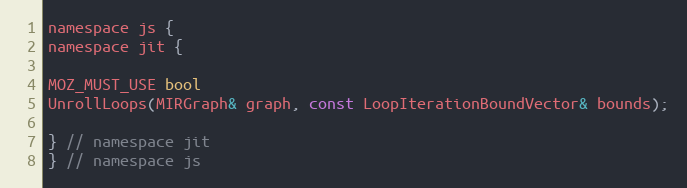
Language: C
namespace js {
namespace jit {

MOZ_MUST_USE bool
UnrollLoops(MIRGraph& graph, const LoopIterationBoundVector& bounds);

} // namespace jit
} // namespace js